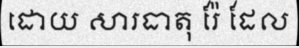
ដោយ សារធាតុ រ៉ែ ដែល